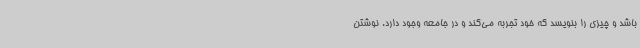
باشد و چیزی را بنویسد که خود تجربه می‌کند و در جامعه وجود دارد. نوشتن